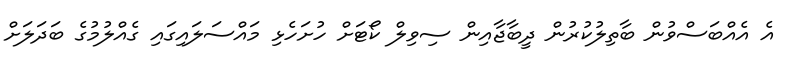
އެ އެއްބަސްވުން ބާތިލުކުރުން ދީބާޖާއިން ސިވިލް ކޯޓަށް ހުށަހެޅި މައްސަލައިގައި ގެއްލުމުގެ ބަދަލަށް